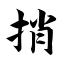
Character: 捎